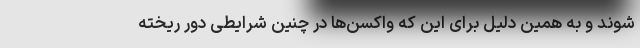
شوند و به همین دلیل برای این که واکسن‌ها در چنین شرایطی دور ریخته